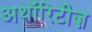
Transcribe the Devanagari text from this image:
अथॉरिटीज़